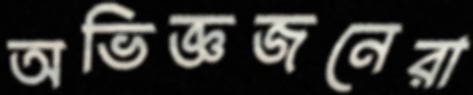
অভিজ্ঞজনেরা